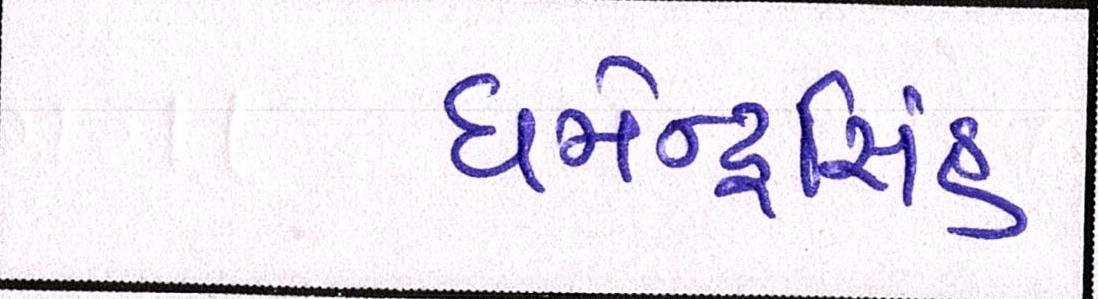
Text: ધર્મેન્દ્રસિંહ